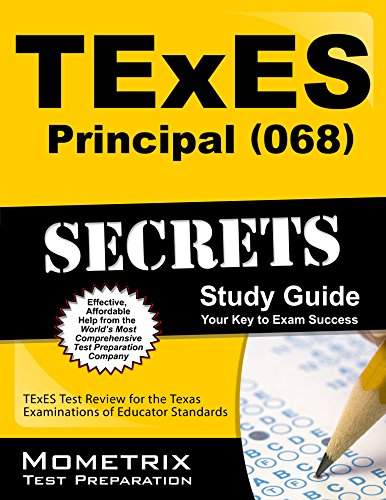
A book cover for TExES Principal (068) Secrets Study Guide: TExES Test Review for the Texas Examinations of Educator Standards; TExES Exam Secrets Test Prep Team; Test Preparation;